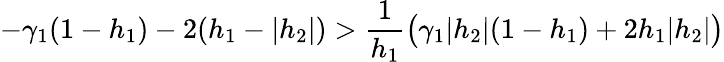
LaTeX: -\gamma_{1}(1-h_{1})-2(h_{1}-|h_{2}|)>\frac{1}{h_{1}}\big(\gamma_{1}|h_{2}|(1-h_{1})+2h_{1}|h_{2}|\big)